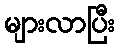
များလာပြီး